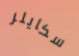
سكايلر